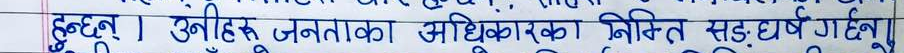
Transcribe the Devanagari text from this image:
छन्। उनीहरू जनताका अधिकारका निमित्त सङ्घर्ष गर्छन्।